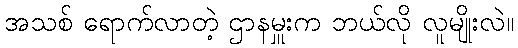
အသစ် ရောက်လာတဲ့ ဌာနမှူးက ဘယ်လို လူမျိုးလဲ။